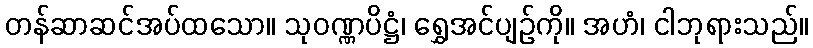
တန်ဆာဆင်အပ်ထသော။ သုဝဏ္ဏပိဋ္ဌံ၊ ရွှေအင်ပျဉ်ကို။ အဟံ၊ ငါဘုရားသည်။